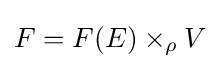
F=F(E)\times _{\rho }V